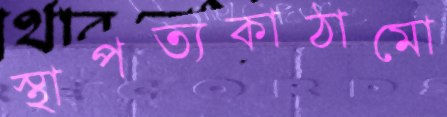
স্থাপত্যকাঠামো